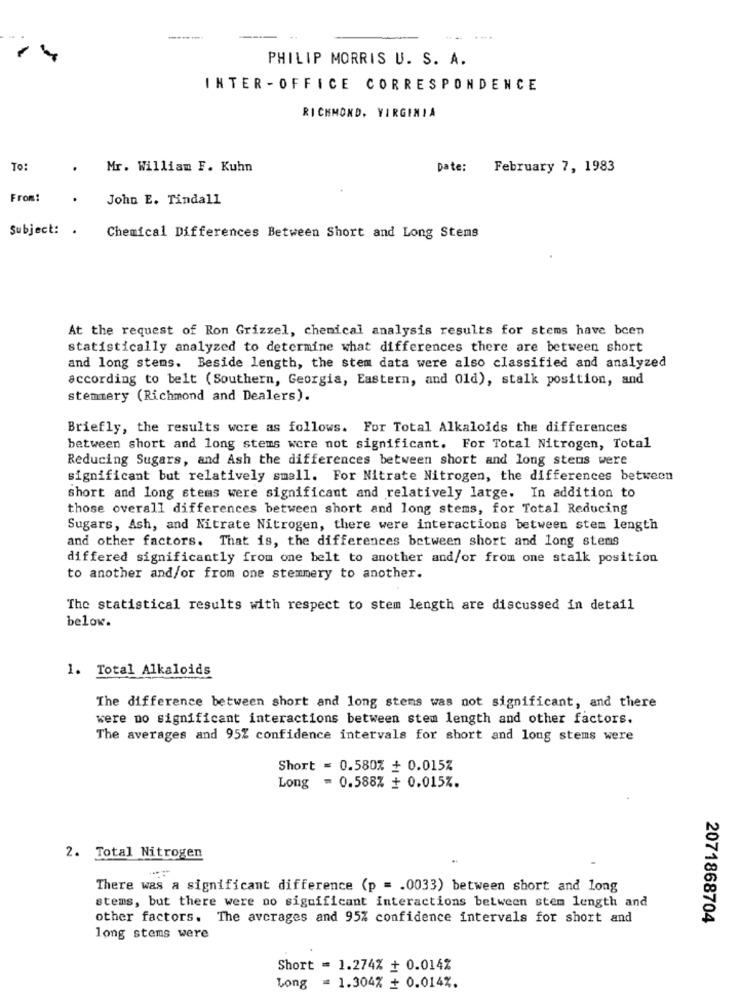
PHILIP MORRIS U. S. A.
INTER -OFFICE CORRESPONDENCE
RICHMOND, VIRGINIA
To:
.
Mr. William F. Kuhn
Date: February 7, 1983
From:
.
John E. Tindall
Subject: .
Chemical Differences Between Short and Long Stems
At the request of Ron Grizzel, chemical analysis results for stems have been
statistically analyzed to determine what differences there are between short
and long stems. Beside length, the stem data were also classified and analyzed
according to belt (Southern, Georgia, Eastern, and Old), stalk position, and
stemmery (Richmond and Dealers).
Briefly, the results were as follows. For Total Alkaloids the differences
between short and long stems were not significant. For Total Nitrogen, Total
Reducing Sugars, and Ash the differences between short and long stens were
significant but relatively small. For Nitrate Nitrogen, the differences between
short and long stems were significant and relatively large. In addition to
those overall differences between short and long stems, for Total Reducing
Sugars, Ash, and Nitrate Nitrogen, there were interactions between stem length
and other factors. That is, the differences between short and long stems
differed significantly from one belt to another and/or from one stalk position
to another and/or from one stemmery to another.
The statistical results with respect to stem length are discussed in detail
below.
1. Total Alkaloids
The difference between short and long stems was not significant, and there
were no significant interactions between stem length and other factors.
The averages and 95% confidence intervals for short and long stems were
Short = 0.580% + 0.015%
Long = 0.588% + 0.015Z.
2. Total Nitrogen
There was a significant difference (p = . 0033) between short and long
stems, but there were no significant interactions between stem length and
other factors. The averages and 95% confidence intervals for short and
2071868704
long stems were
Short = 1.274% + 0.014%
Long = 1.304% + 0.014%.